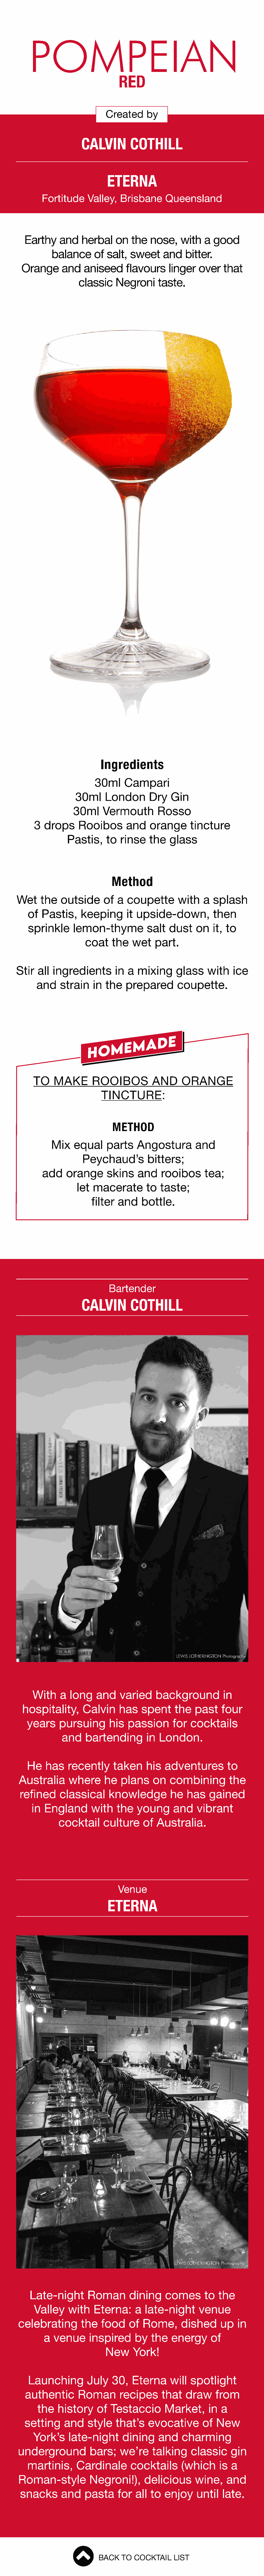
POMPEIAN
 RED
 Created      by
 CALVIN         COTHILL
 ETERNA
 Fortitude     Valley,   Brisbane      Queensland
 Earthy    and    herbal     on   the   nose,    with    a good
 balance      of  salt,  sweet      and    bitter.
 Orange      and    aniseed      flavours     linger    over   that
 classic     Negroni      taste.
 Ingredients
 30ml      Campari
 30ml      London       Dry    Gin
 30ml     Vermouth         Rosso
 3  drops     Rooibos        and     orange      tincture
 Pastis,     to  rinse    the    glass
 Method
 Wet     the   outside      of  a  coupette        with    a  splash
 of  Pastis,     keeping       it upside-down,            then
 sprinkle      lemon-thyme            salt   dust    on   it, to
 coat     the   wet    part.
 Stir   all ingredients         in  a  mixing      glass    with    ice
 and     strain    in  the   prepared        coupette.
 TO     MAKE        ROOIBOS           AND      ORANGE
 TINCTURE:
 METHOD
 Mix    equal     parts     Angostura         and
 Peychaud’s          bitters;
 add     orange      skins     and    rooibos       tea;
 let  macerate        to   taste;
 filter   and    bottle.
 Bartender
 CALVIN          COTHILL
 LEWIS LOTHERINGTON Photography
 With     a  long    and    varied     background           in
 hospitality,       Calvin     has    spent     the    past    four
 years     pursuing        his   passion       for  cocktails
 and     bartending        in  London.
 He    has    recently      taken     his   adventures          to
 Australia      where      he    plans     on   combining         the
 refined      classical      knowledge          he   has    gained
 in  England       with    the    young      and    vibrant
 cocktail      culture     of   Australia.
 Venue
 ETERNA
 LEWIS LOTHERINGTON Photography
 Late-night        Roman        dining     comes        to  the
 Valley    with    Eterna:      a  late-night       venue
 celebrating        the   food     of  Rome,       dished      up    in
 a  venue      inspired      by   the   energy      of
 New     York!
 Launching         July    30,   Eterna      will  spotlight
 authentic       Roman        recipes      that    draw     from
 the   history     of  Testaccio        Market,       in  a
 setting     and    style    that’s    evocative        of  New
 York’s     late-night       dining     and     charming
 underground           bars;    we’re     talking     classic      gin
 martinis,       Cardinale        cocktails      (which      is  a
 Roman-style           Negroni!),       delicious       wine,    and
 snacks       and    pasta      for  all  to  enjoy     until   late.
 BACK   TO  COCKTAIL    LIST